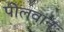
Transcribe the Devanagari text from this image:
पीलवान